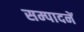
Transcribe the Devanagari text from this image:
सम्पादनें